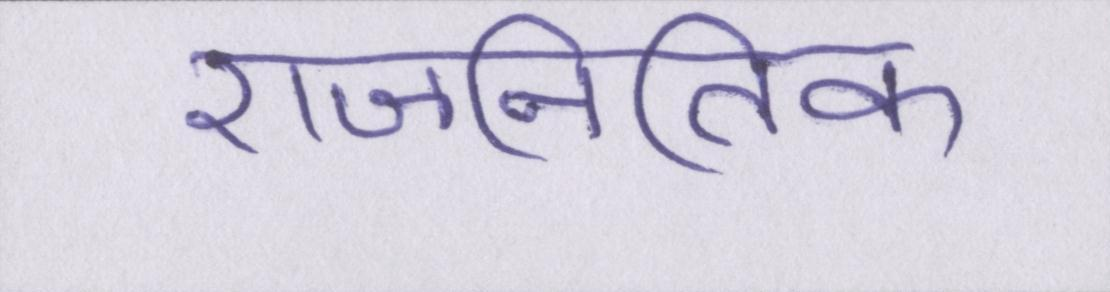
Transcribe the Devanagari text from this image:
राजनितिक